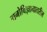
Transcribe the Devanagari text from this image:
मनोविज्ञानावरील